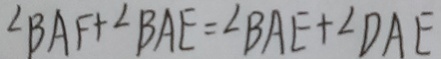
\angle B A F + \angle B A E = \angle B A E + \angle D A E